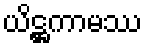
ယိဋ္ဌကာမဿ